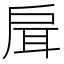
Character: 𢩇